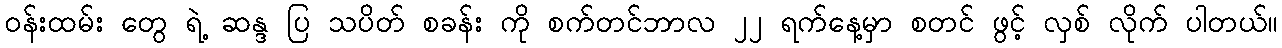
၀န်းထမ်း တွေ ရဲ့ ဆန္ဒ ပြ သပိတ် စခန်း ကို စက်တင်ဘာလ ၂၂ ရက်နေ့မှာ စတင် ဖွင့် လှစ် လိုက် ပါတယ်။